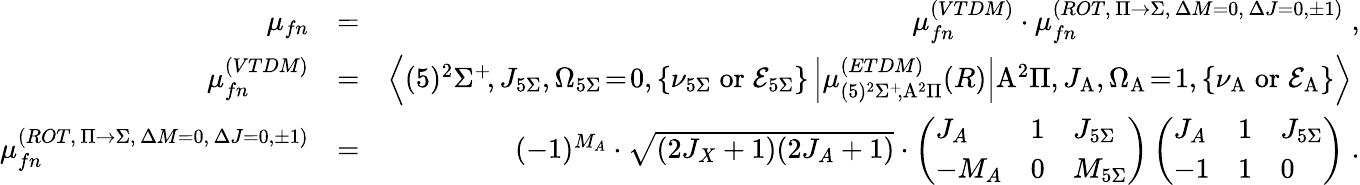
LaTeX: \begin{array}{rlr}{\mu_{fn}}&{=}&{\mu_{fn}^{(VTDM)}\cdot\mu_{fn}^{(ROT,\, \Pi\rightarrow\Sigma,\, \Delta{M}=0,\, \Delta{J}=0,\pm 1)}\; ,}\\ {\mu_{fn}^{(VTDM)}}&{=}&{\left<(5)^{2}\Sigma^{+}\! ,J_{5\Sigma},\Omega_{5\Sigma}\! =\! 0,\left\{ \nu_{5\Sigma}\mathrm{\; or\; }\mathcal{E}_{5\Sigma}\right\} \left|\mu_{(5)^{2}\Sigma^{+}\! ,\mathrm{A}^{2}\Pi}^{(ETDM)}(R)\right|\mathrm{A}^{2}\Pi,J_{\mathrm{A}},\Omega_{\mathrm{A}}\! =\! 1,\left\{ \nu_{\mathrm{A}}\mathrm{\; or\; }\mathcal{E}_{\mathrm{A}}\right\} \right>\; }\\ {\mu_{fn}^{(ROT,\, \Pi\rightarrow\Sigma,\, \Delta{M}=0,\, \Delta{J}=0,\pm 1)}}&{=}&{(-1)^{M_{A}}\cdot\sqrt{(2J_{X}+1)(2J_{A}+1)}\cdot\left(\begin{array}{lll}{J_{A}}&{1}&{J_{5\Sigma}}\\ {-M_{A}}&{0}&{M_{5\Sigma}}\end{array}\right)\left(\begin{array}{lll}{J_{A}}&{1}&{J_{5\Sigma}}\\ {-1}&{1}&{0}\end{array}\right)\; .}\end{array}